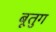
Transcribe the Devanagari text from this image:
बूतुग